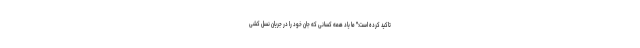
تاکید کرده است:" ما یاد همه کسانی که جان خود را در جریان نسل کشی